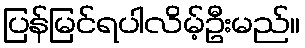
ပြန်မြင်ရပါလိမ့်ဦးမည်။